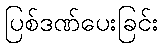
ပြစ်ဒဏ်ပေးခြင်း